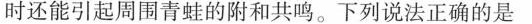
时还能引起周围青蛙的附和共鸣。下列说法正确的是